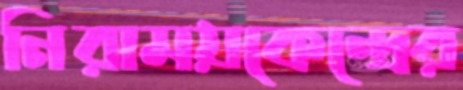
নিরাময়কেন্দ্রের